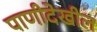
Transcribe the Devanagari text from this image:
पाणीदेखील